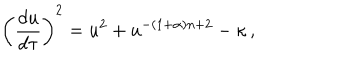
LaTeX: \left( { \frac { d u } { d \tau } } \right) ^ { 2 } = u ^ { 2 } + u ^ { - ( 1 + \alpha ) n + 2 } - \kappa \, ,